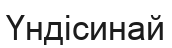
Үндісинай